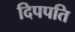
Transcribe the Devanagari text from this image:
दिपपति